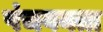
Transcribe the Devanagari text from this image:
पंचवक्ता